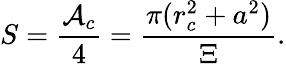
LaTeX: S=\frac{\mathcal{A}_{c}}4=\frac{\pi(r_{c}^{2}+a^{2})}\Xi.